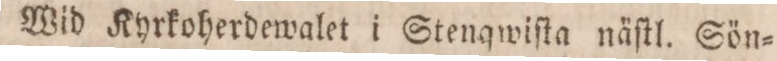
Wid Kyrkoherdewalet i Stenqwiſta näſtl. Sön=